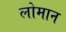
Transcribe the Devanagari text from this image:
लोमान